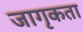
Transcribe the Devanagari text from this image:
जागृकता